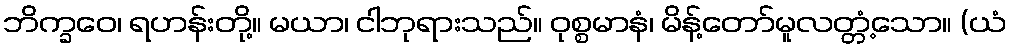
ဘိက္ခဝေ၊ ရဟန်းတို့။ မယာ၊ ငါဘုရားသည်။ ဝုစ္စမာနံ၊ မိန့်တော်မူလတ္တံ့သော။ (ယံ